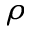
\rho